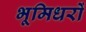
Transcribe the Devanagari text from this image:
भूमिधरों